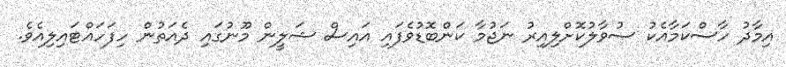
އިމާދު ހާސްކަމާއެކު ސުވާލުކޮށްލިއިރު ނަޖުމާ ކަންބޮޑުވެފައި އައިސް ޝަލީން މޫނުގައި ދެއަތުން ހިފަހައްޓައިލިއެވެ.